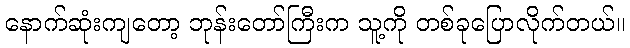
နောက်ဆုံးကျတော့ ဘုန်းတော်ကြီးက သူ့ကို တစ်ခုပြောလိုက်တယ်။